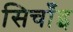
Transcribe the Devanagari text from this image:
सिचाँइ